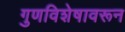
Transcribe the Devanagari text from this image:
गुणविशेषावरून